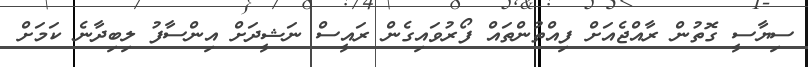
ސިޔާސީ ގޮތުން ރާއްޖެއަށް ފިއްތުންތައް ފޯރުވައިގެން ރައީސް ނަޝީދަށް އިންސާފު ލިބިދާނެ ކަމަށް